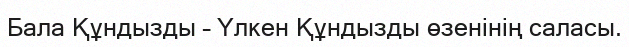
Бала Құндызды – Үлкен Құндызды өзенінің саласы.